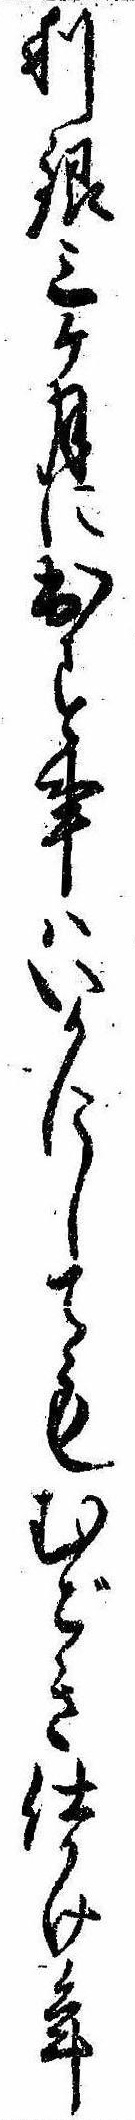
利銀三ケ月に出す事はいかにしてもむごき仕かけ年